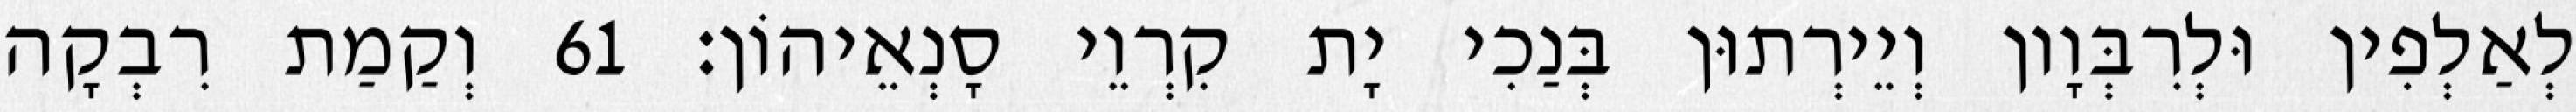
לְאַלְפִין וּלְרִבְּוָון וְיֵירְתוּן בְּנַכִי יָת קִרְוֵי סָנְאֵיהוֹן׃ 61 וְקַמַת רִבְקָה